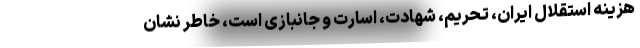
هزینه استقلال ایران، تحریم، شهادت، اسارت و جانبازی است، خاطر نشان